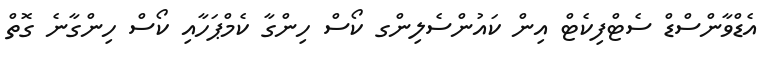
އެޑްވާންސްޑް ސެޓްފިކެޓް އިން ކައުންސެލިންގ ކޯސް ހިންގާ ކެމްޕަހާއި ކޯސް ހިންގާނެ ގޮތް